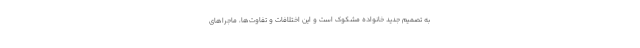
به تصمیم جدید خانواده مشکوک است و این اختلافات و تفاوت‌ها، ماجراهای